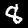
Digit: 8